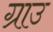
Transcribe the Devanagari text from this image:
ग्राउ